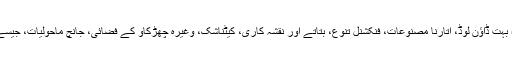
۲۰۳۰ (یواف) بہت ڈاؤن لوڈ، اتارنا مصنوعات، فنکشنل تنوع، بتاتے اور نقشہ کاری، کیٹناشک، وغیرہ چھڑکاو کے فضائی، جانچ ماحولیات، جیسے کہ اب ہے ۔